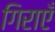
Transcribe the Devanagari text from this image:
गिराएँ